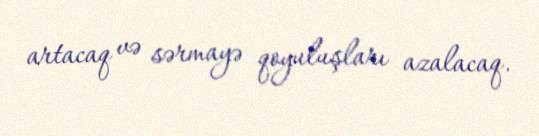
artacaq və sərmayə qoyuluşları azalacaq.